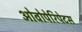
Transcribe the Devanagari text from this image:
ओवोपेरिपेटस